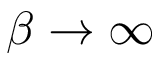
\beta \to \infty